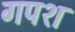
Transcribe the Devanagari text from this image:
गपश